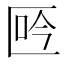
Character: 𠤾